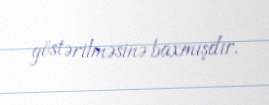
göstərilməsinə baxmışdır.